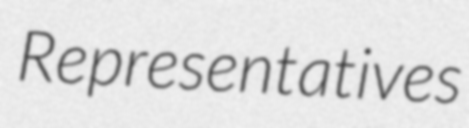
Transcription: Representatives